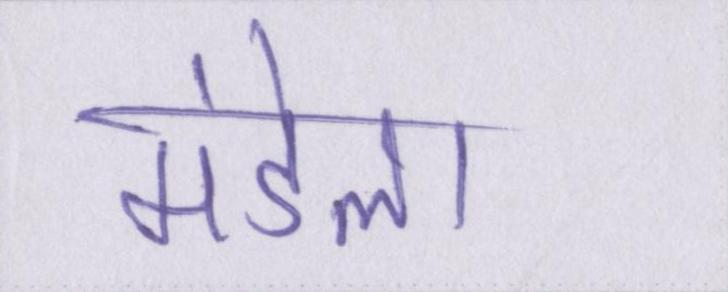
मंडेला